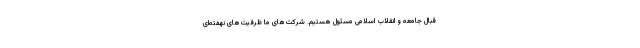
قبال جامعه و انقلاب اسلامی مسئول هستیم. شرکت‌های ما ظرفیت‌های نهفته‌ای